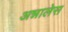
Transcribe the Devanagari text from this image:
अन्नालेस